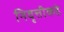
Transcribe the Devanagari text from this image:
निवृत्तीकडे